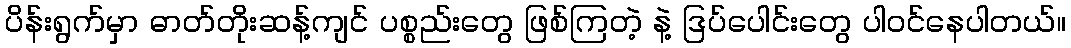
ပိန်းရွက်မှာ ဓာတ်တိုးဆန့်ကျင် ပစ္စည်းတွေ ဖြစ်ကြတဲ့ နဲ့ ဒြပ်ပေါင်းတွေ ပါဝင်နေပါတယ်။